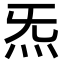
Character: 炁